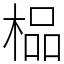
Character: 榀